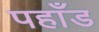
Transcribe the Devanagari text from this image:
पहाँड